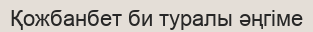
Қожбанбет би туралы әңгіме